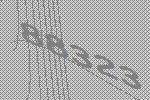
88323